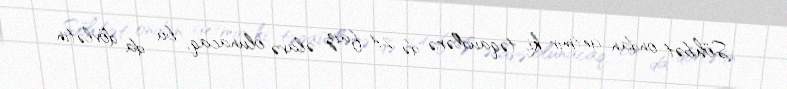
Söhbət ondan getmir ki, təqaüdlərə də 2,4 faiz əlavə olunacaq, bu da dövlətin